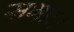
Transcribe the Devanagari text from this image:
सभाः।